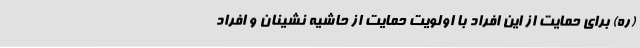
(ره) برای حمایت از این افراد با اولویت حمایت از حاشیه نشینان و افراد